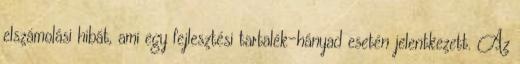
elszámolási hibát, ami egy fejlesztési tartalék-hányad esetén jelentkezett. Az